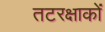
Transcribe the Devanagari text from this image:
तटरक्षाकों